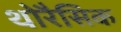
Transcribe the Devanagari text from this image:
थोरैसिक